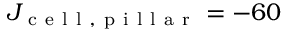
J _ { \mathrm { ~ c ~ e ~ l ~ l ~ , ~ p ~ i ~ l ~ l ~ a ~ r ~ } } = - 6 0